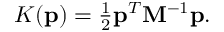
\begin{array} { r } { K ( \mathbf { p } ) = \frac { 1 } { 2 } \mathbf { p } ^ { T } \mathbf { M } ^ { - 1 } \mathbf { p } . } \end{array}